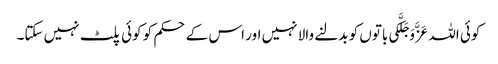
کوئی اللہ عَزَّوَجَلَّکی باتوں کو بدلنے والا نہیں اور اس کے حکم کو کوئی پلٹ نہیں سکتا۔